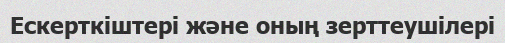
Ескерткіштері және оның зерттеушілері